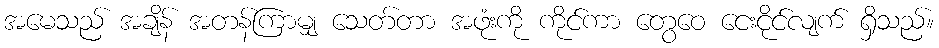
အမေသည် အချိန် အတန်ကြာမျှ သေတ်တာ အဖုံးကို ကိုင်ကာ တွေဝေ ငေးငိုင်လျက် ရှိသည်။